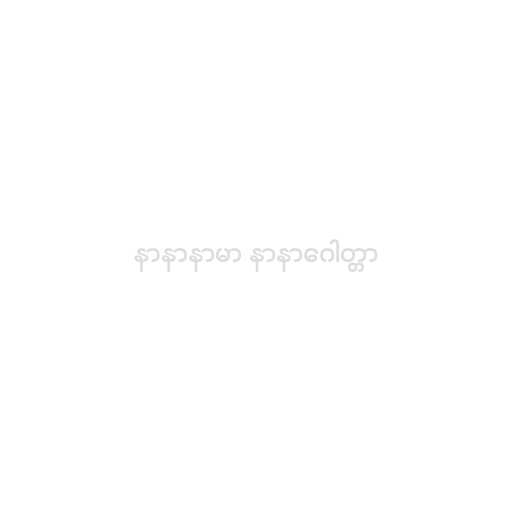
နာနာနာမာ နာနာဂေါတ္တာ